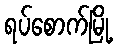
ရပ်စောက်မြို့